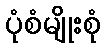
ပုံစံမျိုးစုံ